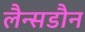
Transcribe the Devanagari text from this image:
लैन्सडौन